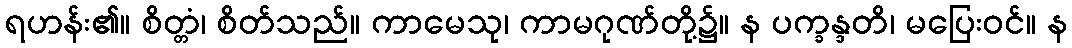
ရဟန်း၏။ စိတ္တံ၊ စိတ်သည်။ ကာမေသု၊ ကာမဂုဏ်တို့၌။ န ပက္ခန္ဒတိ၊ မပြေးဝင်။ န